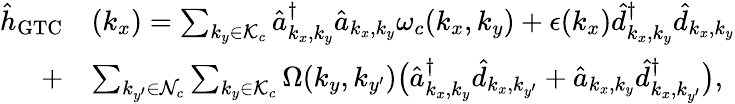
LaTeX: \begin{array}{rl}{{\hat{h}}_{\mathrm{GTC}}}&{(k_{x})=\sum_{{k_{y}\in\mathcal{K}_{c}}}\hat{a}_{{k_{x},k_{y}}}^{\dagger}\hat{a}_{{k_{x},k_{y}}}\omega_{c}({k_{x},k_{y}})+\epsilon(k_{x})\hat{d}_{k_{x},k_{y}}^{\dagger}\hat{d}_{k_{x},k_{y}}}\\ {+}&{\sum_{k_{y^{\prime}}\in{\mathcal{N}_{c}}}\sum_{k_{y}\in{\mathcal{K}_{c}}}\Omega({k_{y},k_{y^{\prime}}})\big(\hat{a}_{k_{x},k_{y}}^{\dagger}\hat{d}_{k_{x},k_{y^{\prime}}}+\hat{a}_{{k_{x},k_{y}}}\hat{d}_{k_{x},k_{y^{\prime}}}^{\dagger}\big),}\end{array}